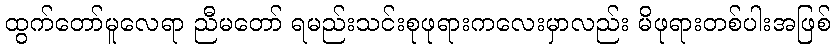
ထွက်တော်မူလေရာ ညီမတော် ရမည်းသင်းစုဖုရားကလေးမှာလည်း မိဖုရားတစ်ပါးအဖြစ်